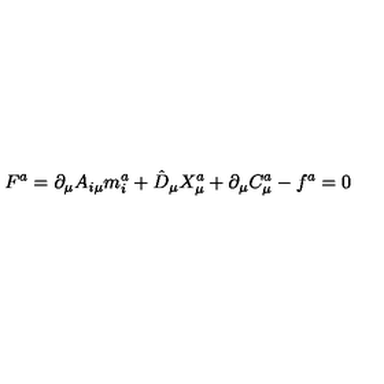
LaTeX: F ^ { a } = \partial _ { \mu } A _ { i \mu } m _ { i } ^ { a } + \hat { D } _ { \mu } X _ { \mu } ^ { a } + \partial _ { \mu } C _ { \mu } ^ { a } - f ^ { a } = 0